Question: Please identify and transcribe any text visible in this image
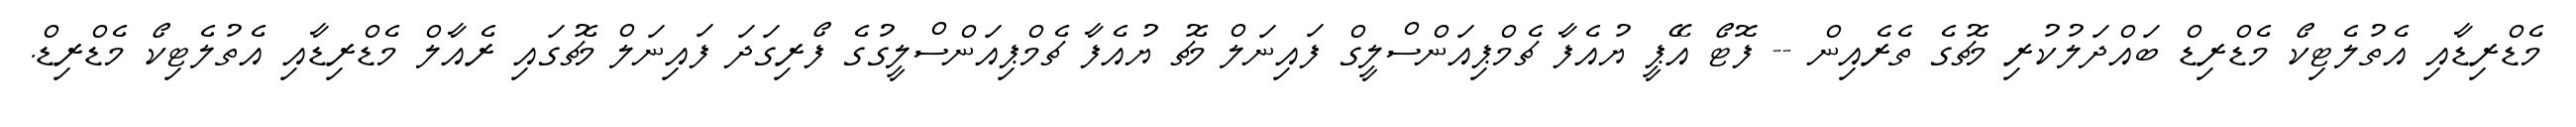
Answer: މެޑްރިޑާއި އެތުލެޓިކޯ މެޑްރިޑް ބައްދަލުކުރި މެޗުގެ ތެރެއިން -- ފޮޓޯ އޭޕީ ޔުއެފާ ޗެމްޕިއަންސްލީގް ފައިނަލް މެޗު ޔުއެފާ ޗެމްޕިއަންސްލީގުގެ ފޯރިގަދަ ފައިނަލް މެޗުގައި ރެއާލް މެޑްރިޑާއި އެތުލެޓިކޯ މެޑްރިޑް.